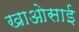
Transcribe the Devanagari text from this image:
खाओसाई